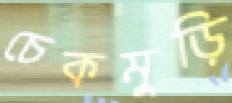
চেকমুড়ি